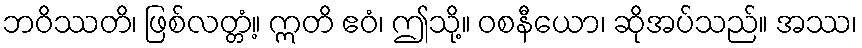
ဘဝိဿတိ၊ ဖြစ်လတ္တံ့။ ဣတိ ဧဝံ၊ ဤသို့။ ဝစနီယော၊ ဆိုအပ်သည်။ အဿ၊